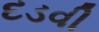
દડવી